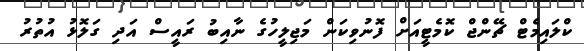
ކްލައިމެޓް ޗޭންޖް ކޮމެޓީއަށް ފޮނުވިކަން މަޖިލީހުގެ ނާއިބު ރައީސް އަދި ގަލޮޅު އުތުރު